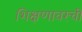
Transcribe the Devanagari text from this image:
शिक्षणावरची